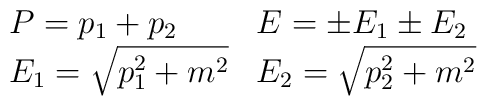
\begin{array}{ll}P=p_1+p_2 &  E=\pm E_1\pm E_2 \\E_1=\sqrt{p_1^2+m^2} &  E_2=\sqrt{p_2^2+m^2}\end{array}